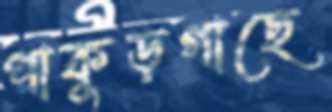
পাকুড়গাছে